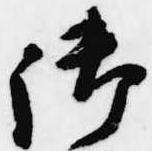
御